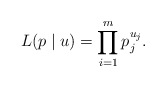
\begin{align*}L(p\mid u) = \prod_{i=1}^m p_j^{u_j}.\end{align*}